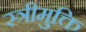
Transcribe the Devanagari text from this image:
स्त्रीमुक्ति